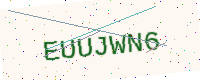
Text: EUUJWN6